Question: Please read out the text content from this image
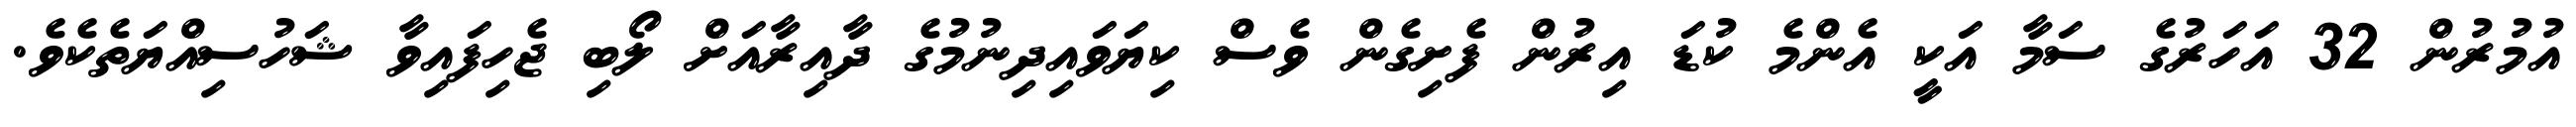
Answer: އުމުރުން 32 އަހަރުގެ ސަމާ އަކީ އެންމެ ކުޑަ އިރުން ފެށިގެން ވެސް ކިޔަވައިދިނުމުގެ ދާއިރާއަށް ލޯބި ޖެހިފައިވާ ޝަހުސިއްޔަތެކެވެ.